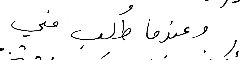
وعندما طُلِب مني